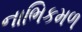
નાભિકમળ